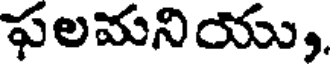
ఫలమనియు,.